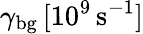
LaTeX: \gamma_{\mathrm{bg}}\, [10^{9}\, \mathrm{s^{-1}}]